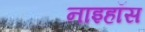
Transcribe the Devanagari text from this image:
नाइहॉस